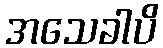
အသေခါပိ